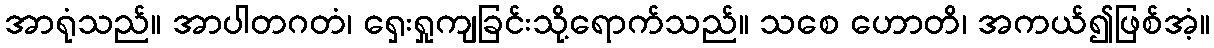
အာရုံသည်။ အာပါတဂတံ၊ ရှေးရှုကျခြင်းသို့ရောက်သည်။ သစေ ဟောတိ၊ အကယ်၍ဖြစ်အံ့။